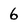
Character: 6